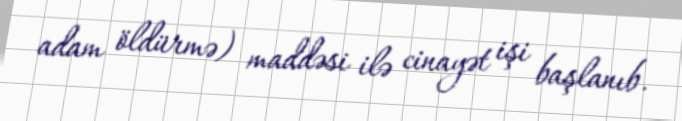
adam öldürmə) maddəsi ilə cinayət işi başlanıb.